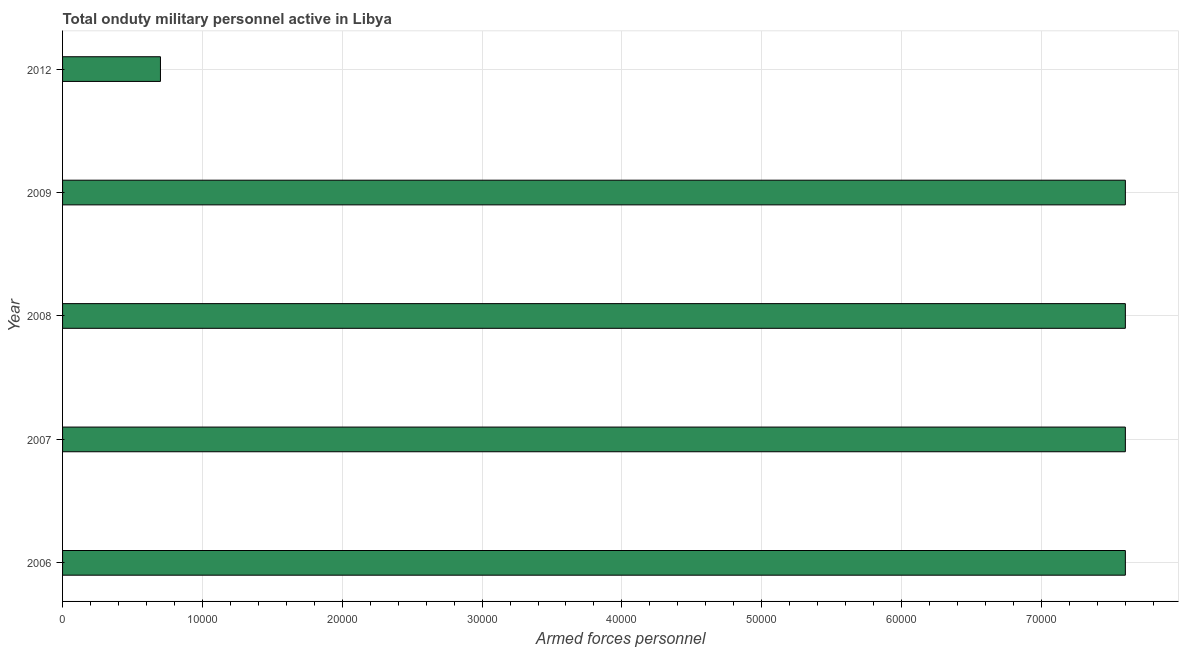
| Year | Armed forces personnel |
 | --- | --- |
 | 2006 | 7.6e+04 |
 | 2007 | 7.6e+04 |
 | 2008 | 7.6e+04 |
 | 2009 | 7.6e+04 |
 | 2012 | 7e+03 |